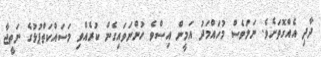
ދާދި އެއްގޮތަށެވެ. ނަމަވެސް މުހައްމަދު އަމީން އިސްވެ ހުންނަވައިގެން ކުރެއްވި މަސައްކަތްޕުޅުގެ ނަތީޖާ